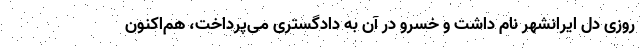
روزی دل ایرانشهر نام داشت و خسرو در آن به دادگستری می‌پرداخت، هم‌اکنون